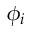
\phi _ { i }